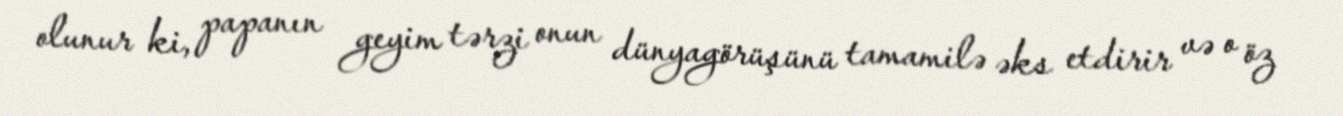
olunur ki, papanın geyim tərzi onun dünyagörüşünü tamamilə əks etdirir və o öz